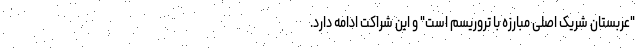
"عربستان شریک اصلی مبارزه با تروریسم است" و این شراکت ادامه دارد.